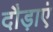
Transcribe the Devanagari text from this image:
दौड़ाएं